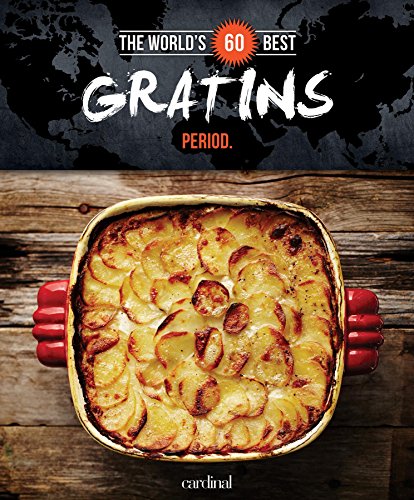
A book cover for World's 60 Best Gratins... Period. (The World's 60 Best Collection); Veronique Paradis; Cookbooks, Food & Wine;